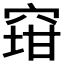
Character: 𱷄